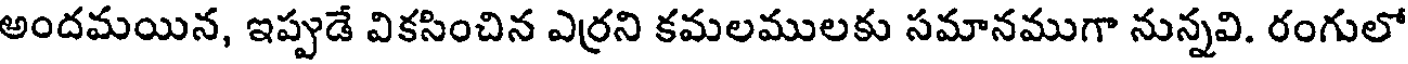
అందమయిన, ఇప్పుడే వికసించిన ఎర్రని కమలములకు సమానముగా నున్నవి. రంగులో